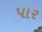
પાર